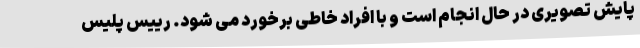
پایش تصویری در حال انجام است و با افراد خاطی برخورد می شود. رییس پلیس